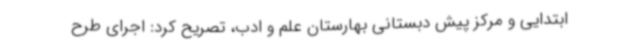
ابتدایی و مرکز پیش دبستانی بهارستان علم و ادب، تصریح کرد: اجرای طرح